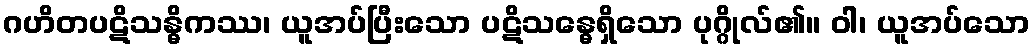
ဂဟိတပဋိသန္ဓိကဿ၊ ယူအပ်ပြီးသော ပဋိသန္ဓေရှိသော ပုဂ္ဂိုလ်၏။ ဝါ၊ ယူအပ်သော